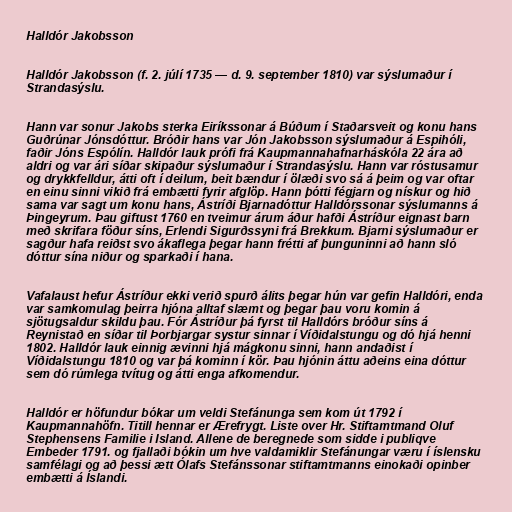
Halldór Jakobsson

Halldór Jakobsson (f. 2. júlí 1735 — d. 9. september 1810) var sýslumaður í
Strandasýslu.

Hann var sonur Jakobs sterka Eiríkssonar á Búðum í Staðarsveit og konu hans
Guðrúnar Jónsdóttur. Bróðir hans var Jón Jakobsson sýslumaður á Espihóli,
faðir Jóns Espólín. Halldór lauk prófi frá Kaupmannahafnarháskóla 22 ára að
aldri og var ári síðar skipaður sýslumaður í Strandasýslu. Hann var róstusamur
og drykkfelldur, átti oft í deilum, beit bændur í ölæði svo sá á þeim og var oftar
en einu sinni vikið frá embætti fyrir afglöp. Hann þótti fégjarn og nískur og hið
sama var sagt um konu hans, Ástríði Bjarnadóttur Halldórssonar sýslumanns á
Þingeyrum. Þau giftust 1760 en tveimur árum áður hafði Ástríður eignast barn
með skrifara föður síns, Erlendi Sigurðssyni frá Brekkum. Bjarni sýslumaður er
sagður hafa reiðst svo ákaflega þegar hann frétti af þunguninni að hann sló
dóttur sína niður og sparkaði í hana.

Vafalaust hefur Ástríður ekki verið spurð álits þegar hún var gefin Halldóri, enda
var samkomulag þeirra hjóna alltaf slæmt og þegar þau voru komin á
sjötugsaldur skildu þau. Fór Ástríður þá fyrst til Halldórs bróður síns á
Reynistað en síðar til Þorbjargar systur sinnar í Víðidalstungu og dó hjá henni
1802. Halldór lauk einnig ævinni hjá mágkonu sinni, hann andaðist í
Víðidalstungu 1810 og var þá kominn í kör. Þau hjónin áttu aðeins eina dóttur
sem dó rúmlega tvítug og átti enga afkomendur.

Halldór er höfundur bókar um veldi Stefánunga sem kom út 1792 í
Kaupmannahöfn. Titill hennar er Ærefrygt. Liste over Hr. Stiftamtmand Oluf
Stephensens Familie i Island. Allene de beregnede som sidde i publiqve
Embeder 1791. og fjallaði bókin um hve valdamiklir Stefánungar væru í íslensku
samfélagi og að þessi ætt Ólafs Stefánssonar stiftamtmanns einokaði opinber
embætti á Íslandi.